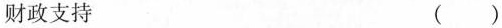
财政支持 ( )